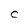
Character: C